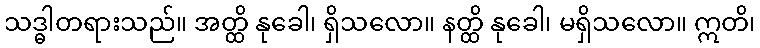
သဒ္ဓါတရားသည်။ အတ္ထိ နုခေါ၊ ရှိသလော။ နတ္ထိ နုခေါ၊ မရှိသလော။ ဣတိ၊